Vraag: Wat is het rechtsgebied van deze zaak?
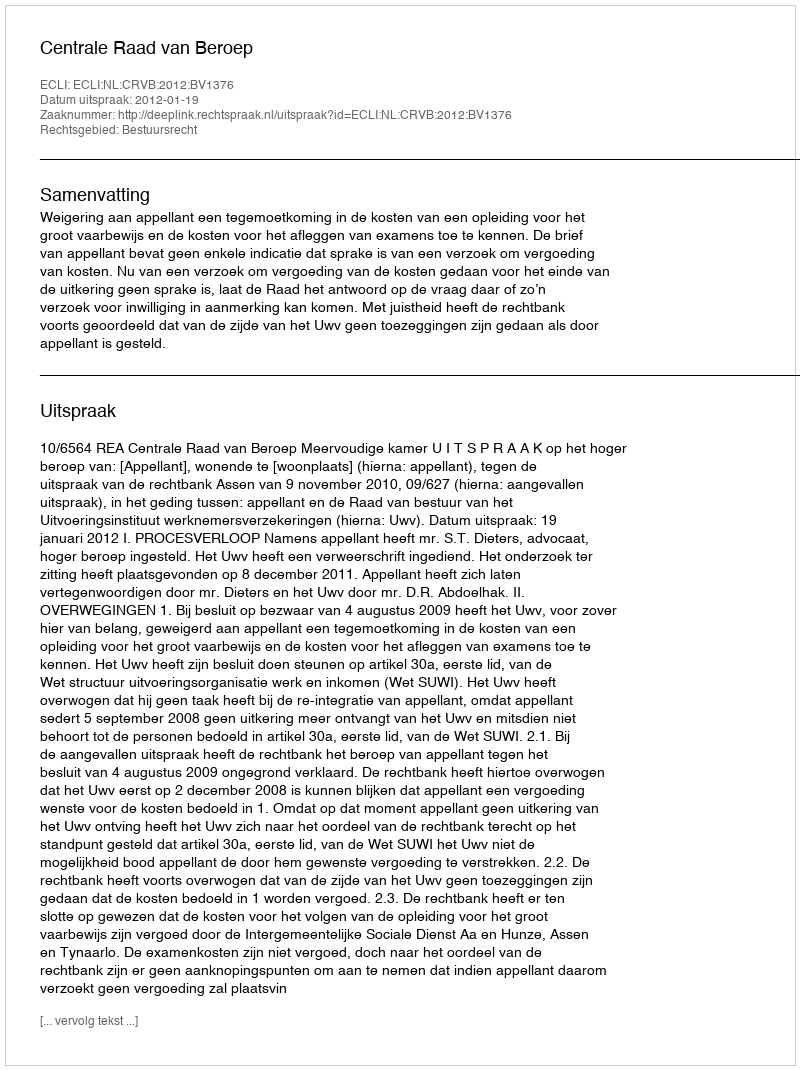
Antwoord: Bestuursrecht